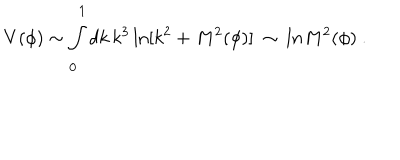
V ( \phi ) \sim \int _ { 0 } ^ { 1 } d k \, k ^ { 3 } \ln [ k ^ { 2 } + M ^ { 2 } ( \phi ) ] \ \sim \, l n M ^ { 2 } ( \phi ) \ .